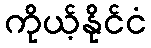
ကိုယ့်နိုင်ငံ